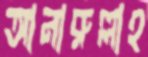
আনারুল্লাহ